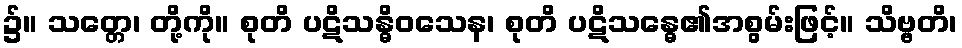
၌။ သတ္တေ၊ တို့ကို။ စုတိ ပဋိသန္ဓိဝသေန၊ စုတိ ပဋိသန္ဓေ၏အစွမ်းဖြင့်။ သိဗ္ဗတိ၊